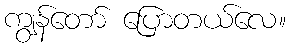
ကျွန်တော် ပြောတယ်လေ။